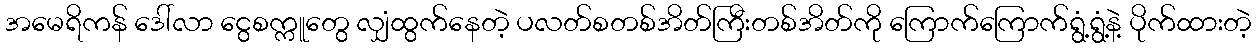
အမေရိကန် ဒေါ်လာ ငွေစက္ကူတွေ လျှံထွက်နေတဲ့ ပလတ်စတစ်အိတ်ကြီးတစ်အိတ်ကို ကြောက်ကြောက်ရွံ့ရွံ့နဲ့ ပိုက်ထားတဲ့